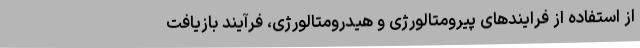
از استفاده از فرایندهای پیرومتالورژی و هیدرومتالورژی، فرآیند بازیافت